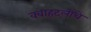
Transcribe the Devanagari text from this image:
क्वाह्ट्लीचे